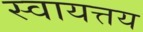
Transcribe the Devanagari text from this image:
स्वायत्तय